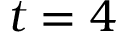
t = 4